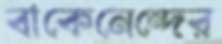
বাকেনেন্দের